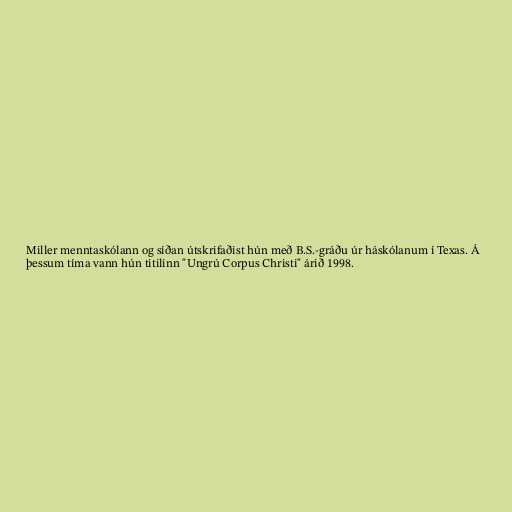
Miller menntaskólann og síðan útskrifaðist hún með B.S.-gráðu úr háskólanum í Texas. Á
þessum tíma vann hún titilinn "Ungrú Corpus Christi" árið 1998.